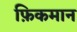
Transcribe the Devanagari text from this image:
फ़िकमान